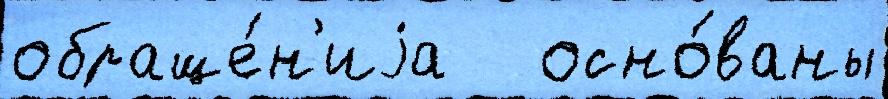
обраще́н'иjа   осно́ваны